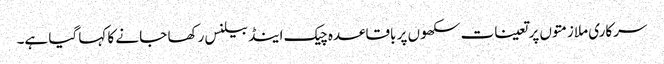
سرکاری ملازمتوں پر تعینات سکھوں پر باقاعدہ چیک اینڈ بیلنس رکھا جا نے کا کہا گیا ہے۔